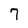
Character: 7